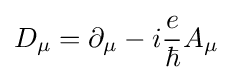
D_{\mu }=\partial _{\mu }-i{\frac {e}{\hbar }}A_{\mu }